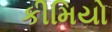
કીમિયો